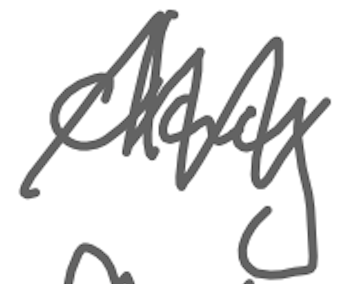
Text: clay
Cross-out: zig-zag
Writing tool: digital_gray